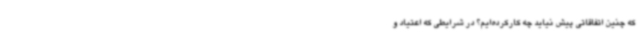
که چنین اتفاقاتی پیش نیاید چه کارکرده‌ایم؟ در شرایطی که اعتیاد و